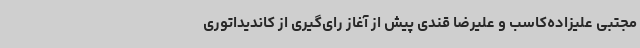
مجتبی علیزاده‌کاسب و علیرضا قندی پیش از آغاز رای‌گیری از کاندیداتوری